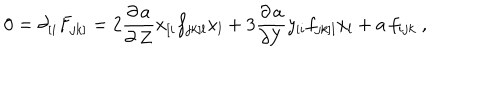
LaTeX: 0 = \partial _ { [ i } F _ { j k ] } = 2 \frac { \partial \, a } { \partial \, Z } x _ { [ i } f _ { j k ] l } x _ { l } + 3 \frac { \partial \, a } { \partial Y } y _ { [ i } f _ { j k ] l } x _ { l } + a \, f _ { i j k } \ ,